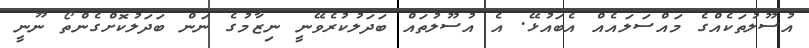
އުސޫލުތަކެއްގެ މައްސަލައެއް އެބައުޅޭ. އެ އުސޫލުތައް ބަދަލުކުރެވޭނީ ނިޒާމުގެ ނަން ބަދަލުކޮށްގެންތޯ ނޫނީ